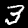
Digit: 3